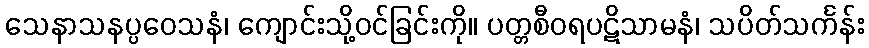
သေနာသနပ္ပဝေသနံ၊ ကျောင်းသို့ဝင်ခြင်းကို။ ပတ္တစီဝရပဋိသာမနံ၊ သပိတ်သင်္ကန်း